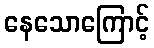
နေသောကြောင့်